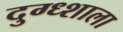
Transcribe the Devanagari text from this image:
दुग्ध्शाला